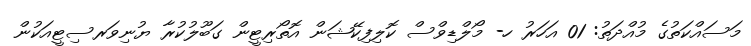
މަސައްކަތުގެ މުއްދަތު: 01 އަހަރު ހ- މޯލްޑިވްސް ކޮލިފިކޭޝަން އޮތޯރިޓީން ގަބޫލުކުރާ ޔުނިވަރސިޓީއަކުން